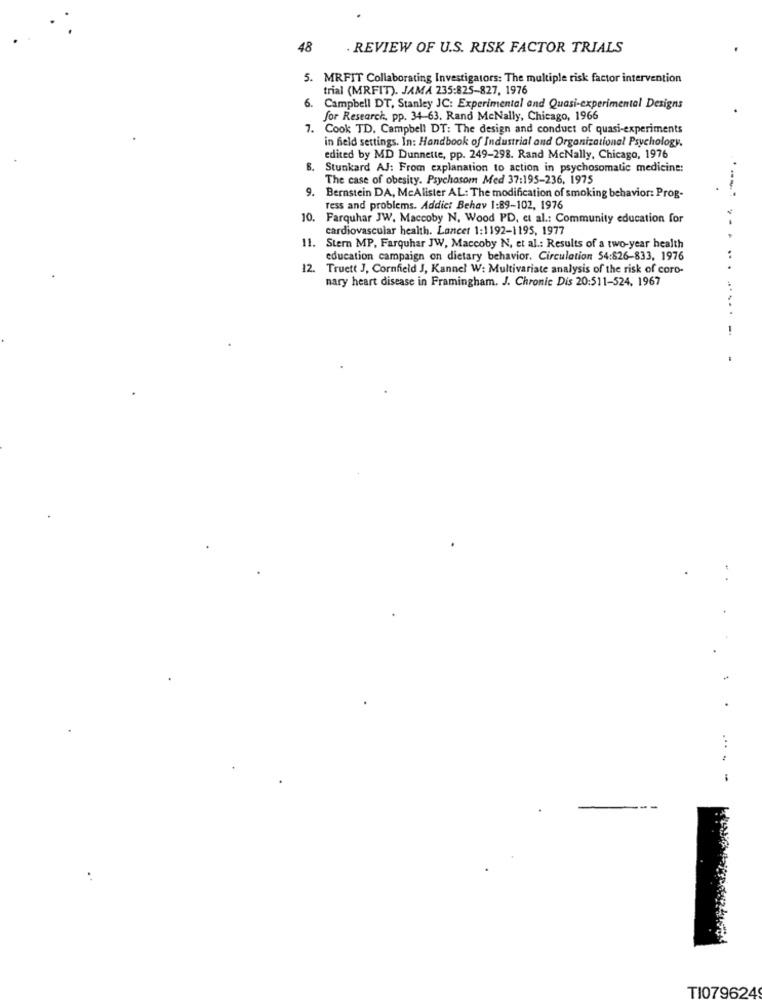
48
. REVIEW OF U.S. RISK FACTOR TRIALS
5. MRFIT Collaborating Investigators: The multiple risk factor intervention
trial (MRFIT). JAMA 235:825-827, 1976
6.
Campbell DT, Stanley JC: Experimental and Quasi-experimental Designs
for Research, pp. 34-63. Rand MeNally, Chicago, 1966
7. Cook TD. Campbell DT: The design and conduct of quasi-experiments
in field settings. In: Handbook of Industrial and Organizational Psychology.
edited by MD Dunnette, pp. 249-298. Rand McNally, Chicago, 1976
B.
Stunkard AJ: From explanation to action in psychosomatic medicine:
The case of obesity. Psychosom Med 37:195-236, 1975
9. Bernstein DA, McAlister AL: The modification of smoking behavior: Prog-
ress and problems. Addict Behav 1:89-102, 1976
10.
Farquhar JW. Maccoby N, Wood PD, et al .: Community education for
cardiovascular health. Lancer 1:1192-1195, 1977
11. Stern MP, Farquhar JW, Maccoby N, et al .: Results of a two-year health
education campaign on dietary behavior. Circulation 54:826-833, 1976
12. Truett J, Cornfield J, Kannel W: Multivariate analysis of the risk of coro-
nary heart disease in Framingham. J. Chronic Dis 20:511-524, 1967
-
...
TI079624